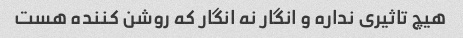
هیچ تاثیری نداره و انگار نه انگار که روشن کننده هست